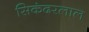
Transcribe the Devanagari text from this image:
सिकंदरलाल